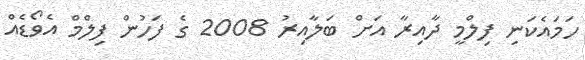
ހަމައެކަނި ފިލްމީ ދާއިރާ އަށް ބަލާއިރު 2008 ގެ ފަހުން ފިލްމް އެވޯޑެއް